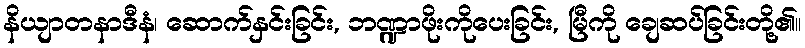
နိယျာတနာဒီနံ၊ ဆောက်နှင်းခြင်း, ဘဏ္ဍာဖိုးကိုပေးခြင်း, မြီကို ချေဆပ်ခြင်းတို့၏။